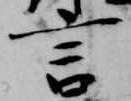
言